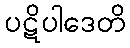
ပဋိပါဒေတိ